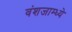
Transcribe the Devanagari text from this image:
वंशजाम्ध्ये